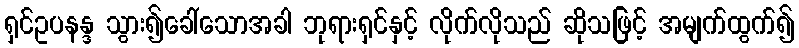
ရှင်ဥပနန္ဒ သွား၍ခေါ်သောအခါ ဘုရားရှင်နှင့် လိုက်လိုသည် ဆိုသဖြင့် အမျက်ထွက်၍